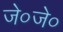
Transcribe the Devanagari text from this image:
जे०जे०